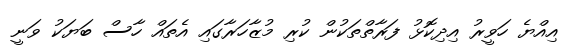
އިއްޔެ ހަވީރު އިދިކޮޅު ފަރާތްތަކުން ކުރި މުޒާހަރާގައި އެތައް ހާސް ބަޔަކު ވަނީ